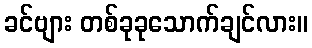
ခင်ဗျား တစ်ခုခုသောက်ချင်လား။